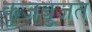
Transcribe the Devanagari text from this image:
कुजबुजत